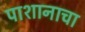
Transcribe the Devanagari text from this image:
पाशानाचा